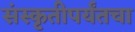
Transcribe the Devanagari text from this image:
संस्कृतीपर्यंतचा